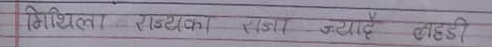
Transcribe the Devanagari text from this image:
मिथिला- राज्यका राजा ज्यादै लहरी